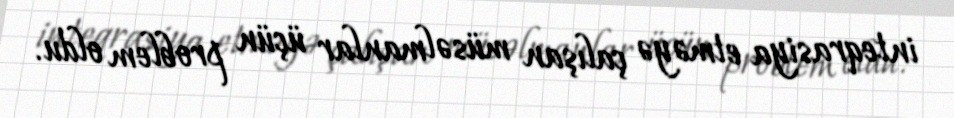
inteqrasiya etməyə çalışan müsəlmanlar üçün problem oldu.